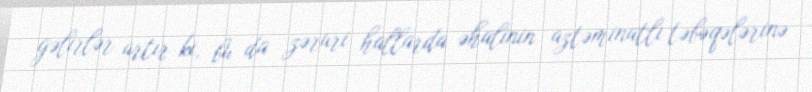
gəlirlər artır ki, bu da zəruri hallarda əhalinin aztəminatlı təbəqələrinə